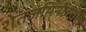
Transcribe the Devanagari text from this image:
शेतजमिनीवरील